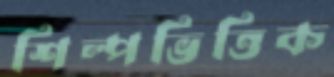
শিল্পভিত্তিক